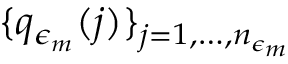
\{ q _ { \epsilon _ { m } } ( j ) \} _ { j = 1 , \dots , n _ { \epsilon _ { m } } }